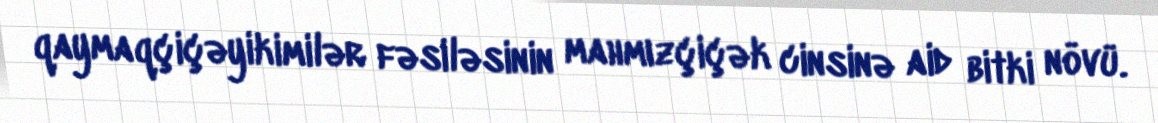
qaymaqçiçəyikimilər fəsiləsinin mahmızçiçək cinsinə aid bitki növü.